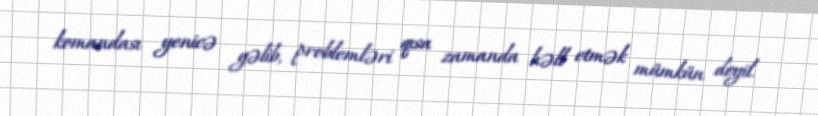
komandası yenicə gəlib, problemləri qısa zamanda həll etmək mümkün deyil.